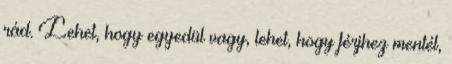
rád. Lehet, hogy egyedül vagy, lehet, hogy férjhez mentél,